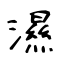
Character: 濕